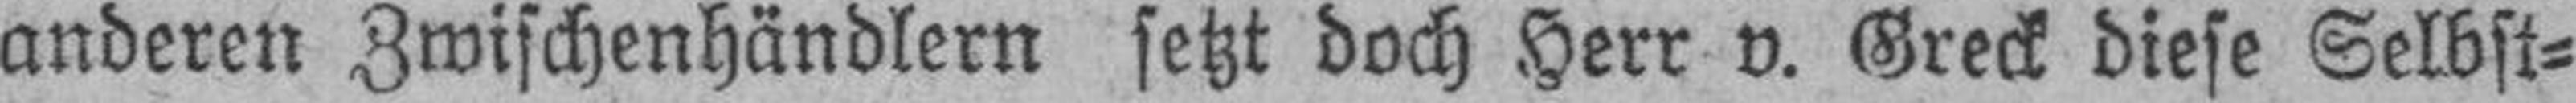
anderen Zwischenhändlern setzt doch Herr v. Greck diese Selbst¬